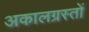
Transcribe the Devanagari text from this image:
अकालग्रस्तों